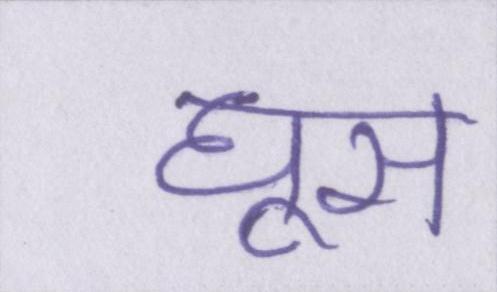
घूस